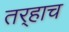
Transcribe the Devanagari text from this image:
तर्‍हाच